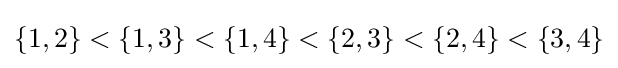
\{1,2\}<\{1,3\}<\{1,4\}<\{2,3\}<\{2,4\}<\{3,4\}